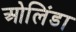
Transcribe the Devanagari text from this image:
ओलिंडा